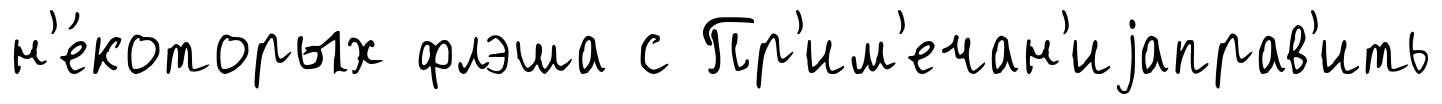
н'е́которых флэша с Пр'им'ечан'иjаправ'ить